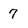
Character: 7